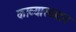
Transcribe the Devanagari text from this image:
काव्यास्वादन